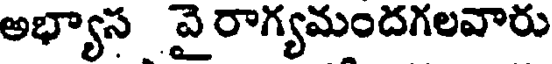
అభ్యాస వై రాగ్యమందగలవారు